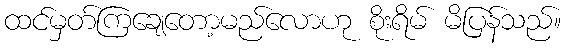
ထင်မှတ်ကြချေတော့မည်လောဟု စိုးရိမ် မိပြန်သည်။